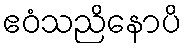
ဧဝံသညိနောပိ